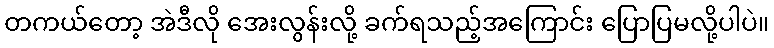
တကယ်တော့ အဲဒီလို အေးလွန်းလို့ ခက်ရသည့်အကြောင်း ပြောပြမလို့ပါပဲ။